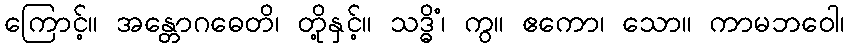
ကြောင့်။ အန္တောဂဓေတိ၊ တို့နှင့်။ သဒ္ဓိံ၊ ကွ။ ဧကော၊ သော။ ကာမဘဝေါ၊